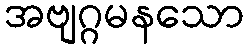
အဗျဂ္ဂမနသော